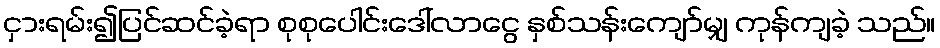
ငှားရမ်း၍ပြင်ဆင်ခဲ့ရာ စုစုပေါင်းဒေါ်လာငွေ နှစ်သန်းကျော်မျှ ကုန်ကျခဲ့ သည်။